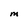
Character: M